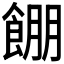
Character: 𱃫